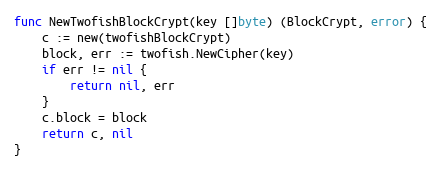
Language: Go
func NewTwofishBlockCrypt(key []byte) (BlockCrypt, error) {
	c := new(twofishBlockCrypt)
	block, err := twofish.NewCipher(key)
	if err != nil {
		return nil, err
	}
	c.block = block
	return c, nil
}